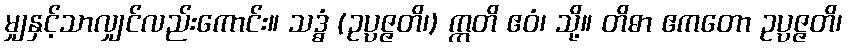
မျှနှင့်သာလျှင်လည်းကောင်း။ သဒ္ဓံ (ဥပ္ပဇ္ဇတိ၊) ဣတိ ဧဝံ၊ သို့။ တိဓာ ဧကတော ဥပ္ပဇ္ဇတိ၊